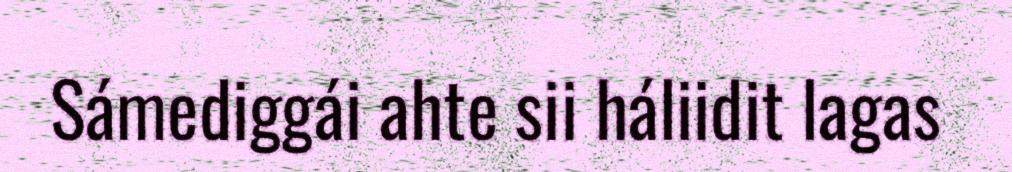
Sámediggái ahte sii háliidit lagas